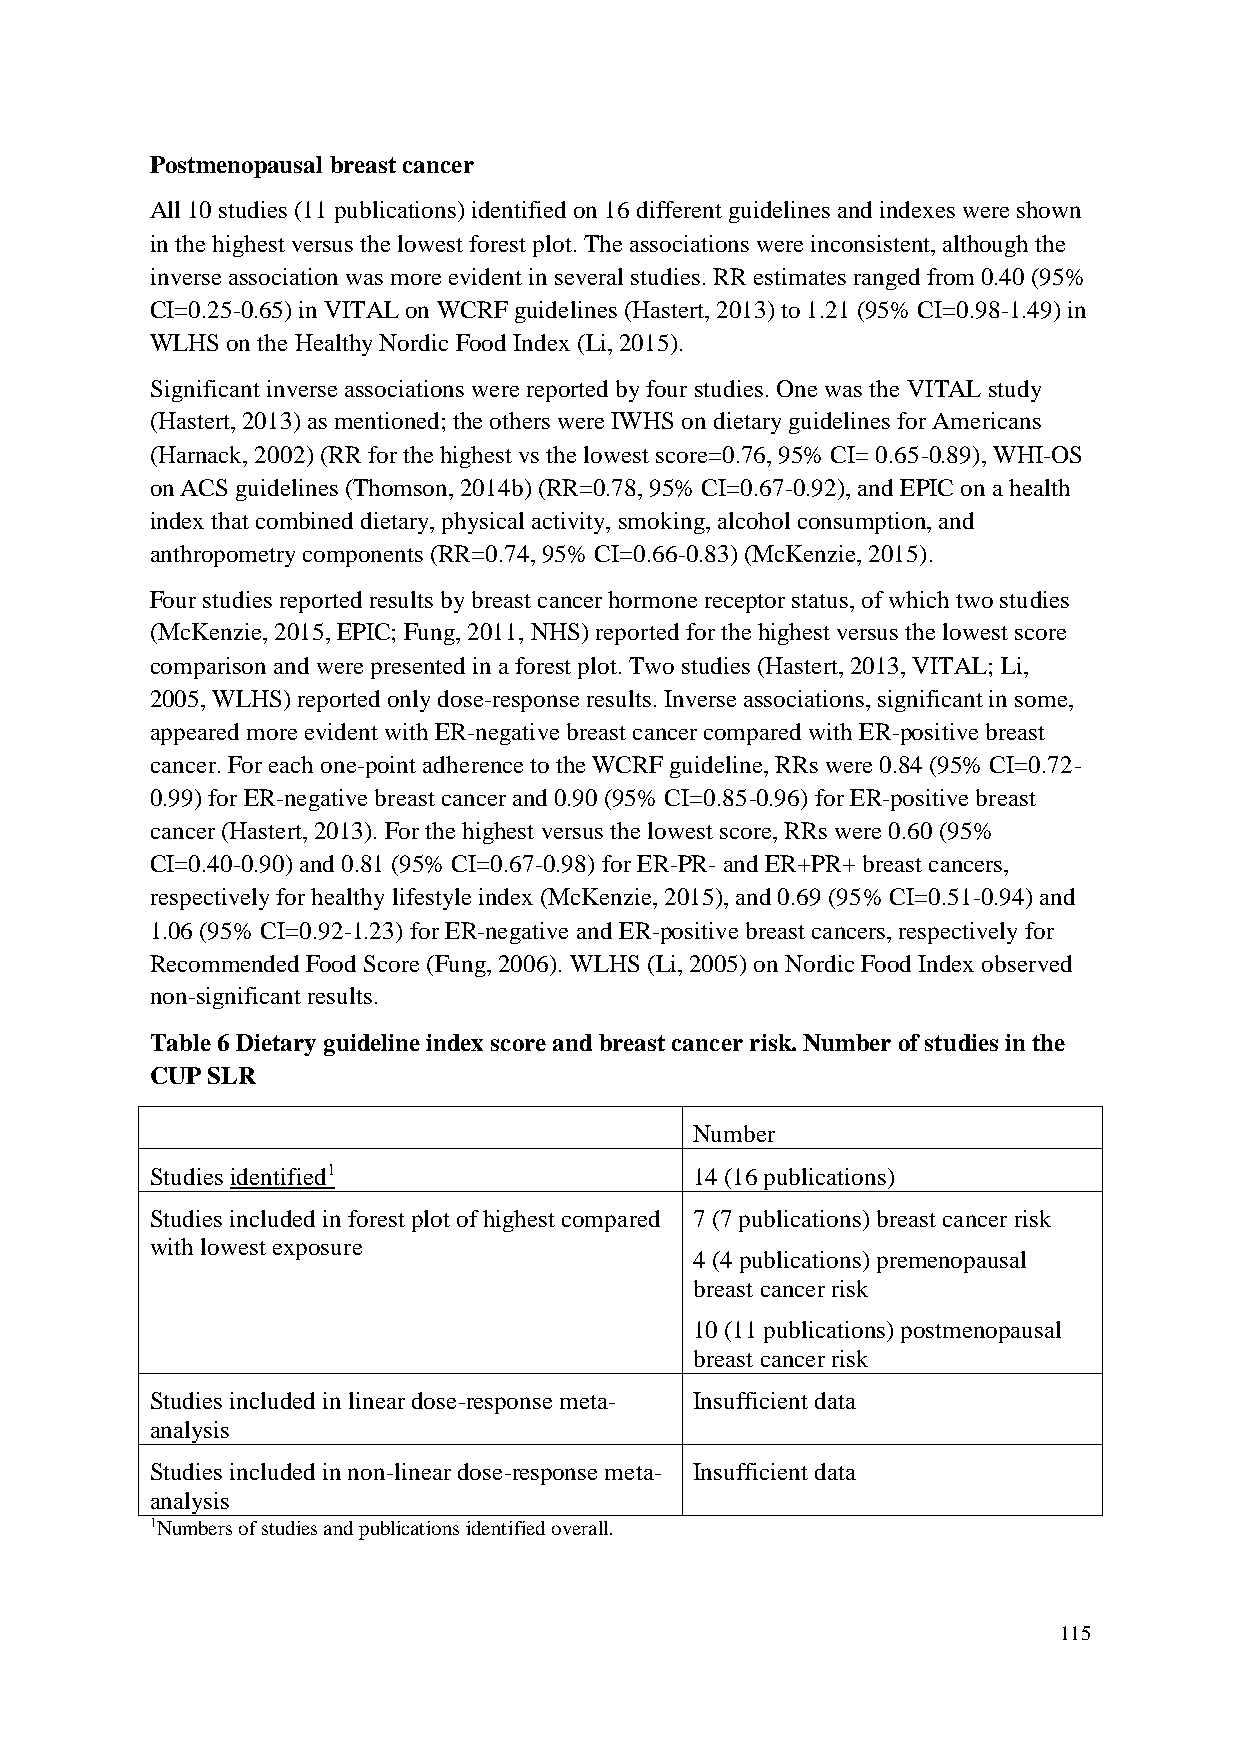
Postmenopausal breast cancer
 All 10 studies (11 publications) identified on 16 different guidelines and indexes were shown
 in the highest versus the lowest forest plot. The associations were inconsistent, although the
 inverse association was more evident in several studies. RR estimates ranged from 0.40 (95%
 CI=0.25-0.65) in VITAL on WCRF guidelines (Hastert, 2013) to 1.21 (95% CI=0.98-1.49) in
 WLHS on the Healthy Nordic Food Index (Li, 2015).
 Significant inverse associations were reported by four studies. One was the VITAL study
 (Hastert, 2013) as mentioned; the others were IWHS on dietary guidelines for Americans
 (Harnack, 2002) (RR for the highest vs the lowest score=0.76, 95% CI= 0.65-0.89), WHI-OS
 on ACS guidelines (Thomson, 2014b) (RR=0.78, 95% CI=0.67-0.92), and EPIC on a health
 index that combined dietary, physical activity, smoking, alcohol consumption, and
 anthropometry components (RR=0.74, 95% CI=0.66-0.83) (McKenzie, 2015).
 Four studies reported results by breast cancer hormone receptor status, of which two studies
 (McKenzie, 2015, EPIC; Fung, 2011, NHS) reported for the highest versus the lowest score
 comparison and were presented in a forest plot. Two studies (Hastert, 2013, VITAL; Li,
 2005, WLHS) reported only dose-response results. Inverse associations, significant in some,
 appeared more evident with ER-negative breast cancer compared with ER-positive breast
 cancer. For each one-point adherence to the WCRF guideline, RRs were 0.84 (95% CI=0.72-
 0.99) for ER-negative breast cancer and 0.90 (95% CI=0.85-0.96) for ER-positive breast
 cancer (Hastert, 2013). For the highest versus the lowest score, RRs were 0.60 (95%
 CI=0.40-0.90) and 0.81 (95% CI=0.67-0.98) for ER-PR- and ER+PR+ breast cancers,
 respectively for healthy lifestyle index (McKenzie, 2015), and 0.69 (95% CI=0.51-0.94) and
 1.06 (95% CI=0.92-1.23) for ER-negative and ER-positive breast cancers, respectively for
 Recommended Food Score (Fung, 2006). WLHS (Li, 2005) on Nordic Food Index observed
 non-significant results.
 Table 6 Dietary guideline index score and breast cancer risk. Number of studies in the
 CUP SLR
 Number
 Studies identified1                 14 (16 publications)
 Studies included in forest plot of highest compared 7 (7 publications) breast cancer risk
 with lowest exposure
 4 (4 publications) premenopausal
 breast cancer risk
 10 (11 publications) postmenopausal
 breast cancer risk
 Studies included in linear dose-response meta- Insufficient data
 analysis
 Studies included in non-linear dose-response meta- Insufficient data
 analysis
 1Numbers of studies and publications identified overall.
 115